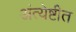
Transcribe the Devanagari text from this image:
अंत्येष्टीत